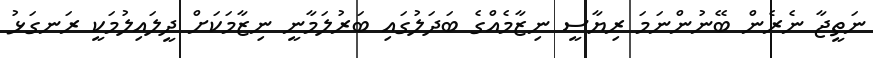
ނަތީޖާ ނެރެން ބޭނުންނަމަ ރިޔާސީ ނިޒާމެއްގެ ބަދަލުގައި ބަރުލަމާނީ ނިޒާމަކަށް ދީލައިލުމަކީ ރަނގަޅު